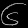
Digit: ၆